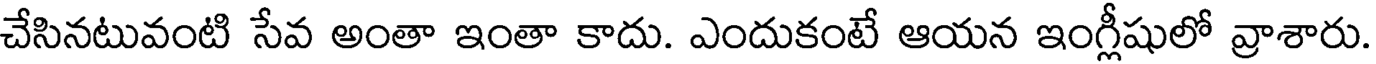
చేసినటువంటి సేవ అంతా ఇంతా కాదు. ఎందుకంటే ఆయన ఇంగ్లీషులో వ్రాశారు